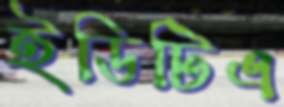
ইডিটিএ